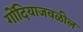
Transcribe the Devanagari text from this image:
गोंदियाजवळील